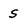
Character: S